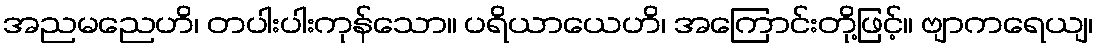
အညမညေဟိ၊ တပါးပါးကုန်သော။ ပရိယာယေဟိ၊ အကြောင်းတို့ဖြင့်။ ဗျာကရေယျ၊